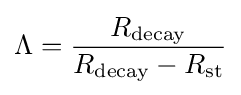
\Lambda ={\frac {R_{\rm {decay}}}{R_{\rm {decay}}-R_{\rm {st}}}}